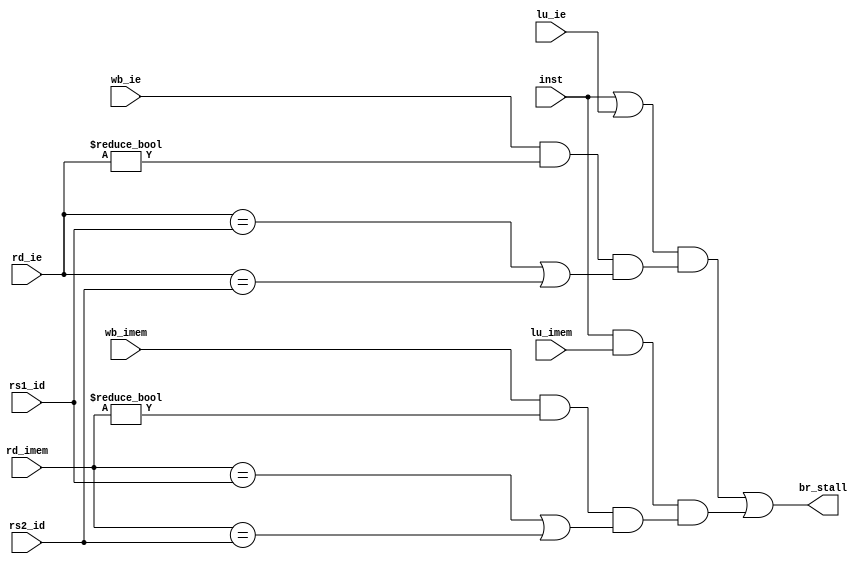
module stall_line
(inst,lu_ie, lu_imem, wb_ie, wb_imem, rd_ie, rd_imem, rs1_id, rs2_id, br_stall);

input wb_ie, wb_imem, lu_ie, lu_imem;
input inst;
input [4:0] rd_ie, rd_imem, rs1_id, rs2_id;
output reg br_stall;


wire stall_condition_ie, stall_condition_imem;

assign stall_condition_ie = wb_ie && rd_ie != 0 && ((rd_ie == rs1_id) || (rd_ie == rs2_id));
assign stall_condition_imem = wb_imem && rd_imem != 0 && ((rd_imem == rs1_id) || (rd_imem == rs2_id));


always@(*)
begin
		br_stall = ( ((inst | lu_ie) & stall_condition_ie) | ((inst & lu_imem) & stall_condition_imem) ) ;
end
endmodule